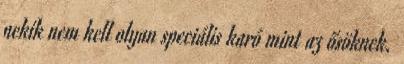
nekik nem kell olyan speciális karó mint az ősöknek.